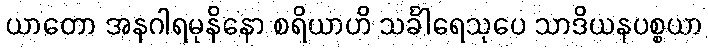
ယာတော အနဂါရမုနိနော စရိယာဟိ သင်္ခါရေသုပေ သာဒိယနပစ္စယာ